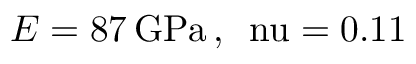
E = 8 7 \, \mathrm { { G P a } \, , \, \ n u = 0 . 1 1 }